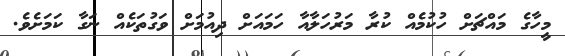
މީހާގެ މައްޗަށް ހުކުމެއް ކުރާ މަރުހަލާއާ ހަމައަށް ދިއުމަށް ވަގުތަކެއް ނަގާ ކަމަށެވެ.